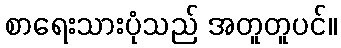
စာရေးသားပုံသည် အတူတူပင်။